King Institute of Preventive Medicine Micro-Biological Section reports 1912-19
Year: 1912
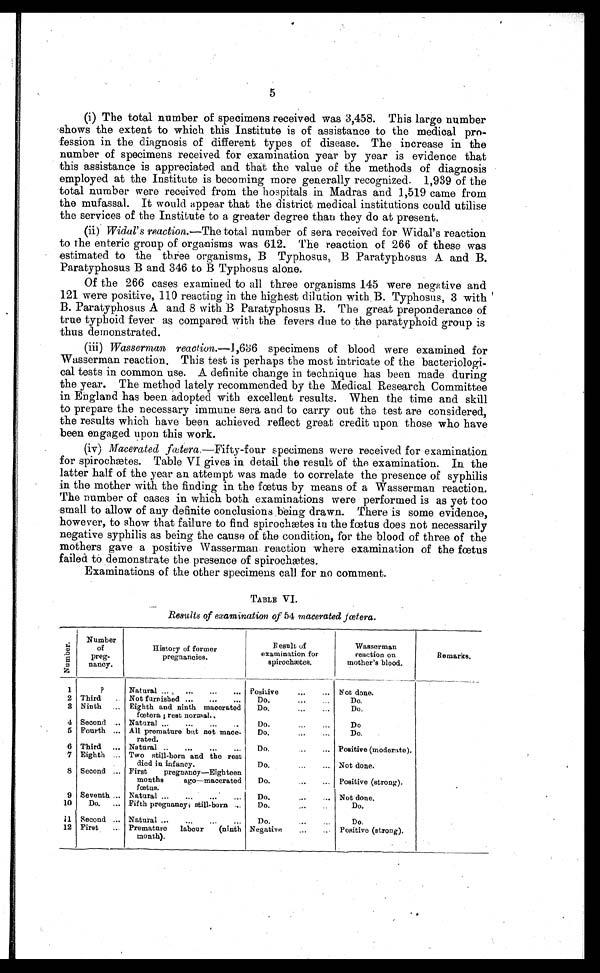
5
(i) The total number of specimens received was 3,458. This large number
shows the extent to which this Institute is of assistance to the medical pr
o -
fession in the diagnosis of different types of disease. The increase in the
number of specimens received for examination year by year is evidence that
this assistance is appreciated and that the value of the methods of diagnosis
employed at the Institute is becoming more generally recognized.1,939 of the
total number were received from the hospitals in Madras and 1,519 came from
the mufassal. It would appear that the district medical institutions could utilise
the services of the Institute to a greater degree than they do at present.
(ii) Widal's reaction. —The total number of sera received for Widal's reaction
to the enteric group of organisms was 612. The reaction of 266 of these was
estimated to the three organisms, B Typhosus, B Paratyphosus A and B.
Paratyphosus B and 346 to B Typhosus alone.
Of the 266 cases examined to all three organisms 145 were negative and
121 were positive, 110 reacting in the highest dilution with B. Typhosus, 3 with
B. Paratyphosus A and 8 with B Paratyphosus B. The great preponderance of
true typhoid fever as compared with the fevers due to the paratyphoid group is
thus demonstrated.
(iii) Wasserman reaction. —1,636 specimens of blood were examined for
Wasserman reaction. This test is perhaps the most intricate of the bacteriologi
-
c a l t e s t s i n c o m m o n u s e . A d e f i n i t e c h a n g e i n t e c h n i q u e h a s b e e n m a d e d u r i n g
the year. The method lately recommended by the Medical Research Committee
in England has been adopted with excellent results. When the time and skill
to prepare the necessary immune sera and to carry out the test are considered,
the results which have been achieved reflect great credit upon those who have
been engaged upon this work.
(iv) Macerated fætera.—Fifty-four specimens were received for examination
for spirochætes. Table VI gives in detail the result of the examination. In the
latter half of the year an attempt was made to correlate the presence of syphilis
in the mother with the finding in the fœtus by means of a Wasserman reaction.
The number of cases in which both examinations were performed is as yet too
small to allow of any definite conclusions being drawn. There is some evidence,
however, to show that failure to find spirochætes in the fœtus does not necessarily
negative syphilis as being the cause of the condition, for the blood of three of the
mothers gave a positive Wasserman reaction where examination of the fœtus
failed to demonstrate the presence of spirochætes.
Examinations of the other specimens call for no comment.
TABLE VI.
Results of examination of 54 macerated fœtera.
N u m b e r .
Number
of
pre
g - n a n c y .
History of former
pregnancies.
Result of
examination for
spirochætes.
Wasserman
reaction on
mother's blood.
Remarks.
1
?
Natural . . . Positive . . . Not done.
2 Third . . . Not furnished . . .
Do. . . .
Do.
3 Ninth . . . Eighth and ninth macerated
fœtera ; rest normal.
Do. . . .
Do.
4 Second . . . Natural . . .
Do. . . .
Do
5 Fourth . . . All premature but not mace
-rated.
Do. . . .
Do.
6 Third . . . Natural . . .
Do. . . . Positive (moderate).
7 Eighth . . . Two still-born and the rest
died in infancy.
Do. . . .
Not done.
8 Second . . . First pregnancy—Eighteen
months
ago—macerated
fœtus.
Do. . . .
Positive (strong).
9 Seventh . . . Natural . . .
Do. . . . Not done.
10
Do. . . . Fifth pregnancy; still-born . . .
Do. . . .
Do.
11 Second . . . Natural . . .
Do. . . .
Do.
12 First
Premature
labour
(ninth
month).
Negative . . .
Positive (strong).